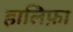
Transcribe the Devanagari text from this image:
हालिफ़ा